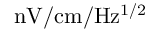
\mathrm { n V / c m / H z ^ { 1 / 2 } }